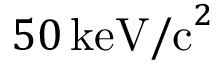
5 0 \, \mathrm { k e V / c } ^ { 2 }